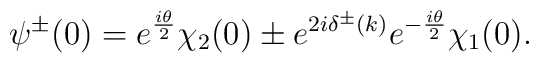
\psi^{\pm}(0) = e^{\frac{i\theta}{2}} \chi_2(0) \pm e^{2i\delta^\pm(k)} e^{-\frac{i\theta}{2}} \chi_1(0).